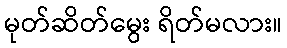
မုတ်ဆိတ်မွေး ရိတ်မလား။